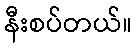
နီးစပ်တယ်။